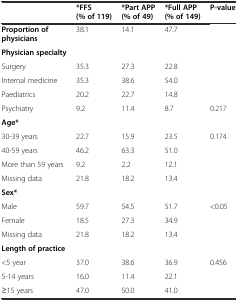
<table><thead><tr><td></td><td><b>*FFS (% of 119)</b></td><td><b>*Part APP (% of 49)</b></td><td><b>*Full APP (% of 149)</b></td><td><b>P-value</b></td></tr></thead><tbody><tr><td><b>Proportion of physicians</b></td><td>38.1</td><td>14.1</td><td>47.7</td><td></td></tr><tr><td><b>Physician specialty</b></td><td></td><td></td><td></td><td></td></tr><tr><td>Surgery</td><td>35.3</td><td>27.3</td><td>22.8</td><td></td></tr><tr><td>Internal medicine</td><td>35.3</td><td>38.6</td><td>54.0</td><td></td></tr><tr><td>Paediatrics</td><td>20.2</td><td>22.7</td><td>14.8</td><td></td></tr><tr><td>Psychiatry</td><td>9.2</td><td>11.4</td><td>8.7</td><td>0.217</td></tr><tr><td><b>Age*</b></td><td></td><td></td><td></td><td></td></tr><tr><td>30-39 years</td><td>22.7</td><td>15.9</td><td>23.5</td><td>0.174</td></tr><tr><td>40-59 years</td><td>46.2</td><td>63.3</td><td>51.0</td><td></td></tr><tr><td>More than 59 years</td><td>9.2</td><td>2.2</td><td>12.1</td><td></td></tr><tr><td>Missing data</td><td>21.8</td><td>18.2</td><td>13.4</td><td></td></tr><tr><td><b>Sex*</b></td><td></td><td></td><td></td><td></td></tr><tr><td>Male</td><td>59.7</td><td>54.5</td><td>51.7</td><td>&lt;0.05</td></tr><tr><td>Female</td><td>18.5</td><td>27.3</td><td>34.9</td><td></td></tr><tr><td>Missing data</td><td>21.8</td><td>18.2</td><td>13.4</td><td></td></tr><tr><td><b>Length of practice</b></td><td></td><td></td><td></td><td></td></tr><tr><td>&lt;5 year</td><td>37.0</td><td>38.6</td><td>36.9</td><td>0.456</td></tr><tr><td>5-14 years</td><td>16.0</td><td>11.4</td><td>22.1</td><td></td></tr><tr><td>≥15 years</td><td>47.0</td><td>50.0</td><td>41.0</td><td></td></tr></tbody></table>